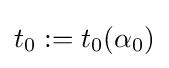
t_{0}:=t_{0}(\alpha _{0})